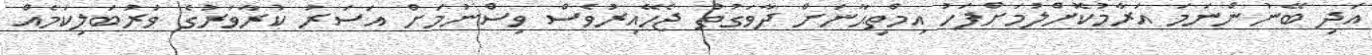
އަދި ބޭނުންނަމަ އަރާމުކޮށްލުމަށްފަހު އިމްތިޙާނަށް ދާވަގުތު ޖެހޭއިރުވެސް ވިސްނުމަށް އަސަރު ކުރާވަރުގެ ވަރުބަލިކަމެއް